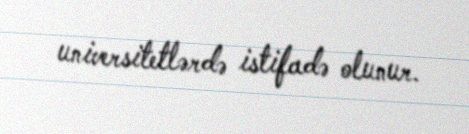
universitetlərdə istifadə olunur.